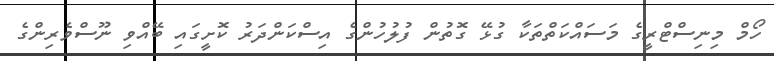
ހޯމް މިނިސްޓްރީގެ މަސައްކަތްތަކާ ގުޅޭ ގޮތުން ފުލުހުންގެ އިސްކަންދަރު ކޮށީގައި ބޭއްވި ނޫސްވެރިންގެ